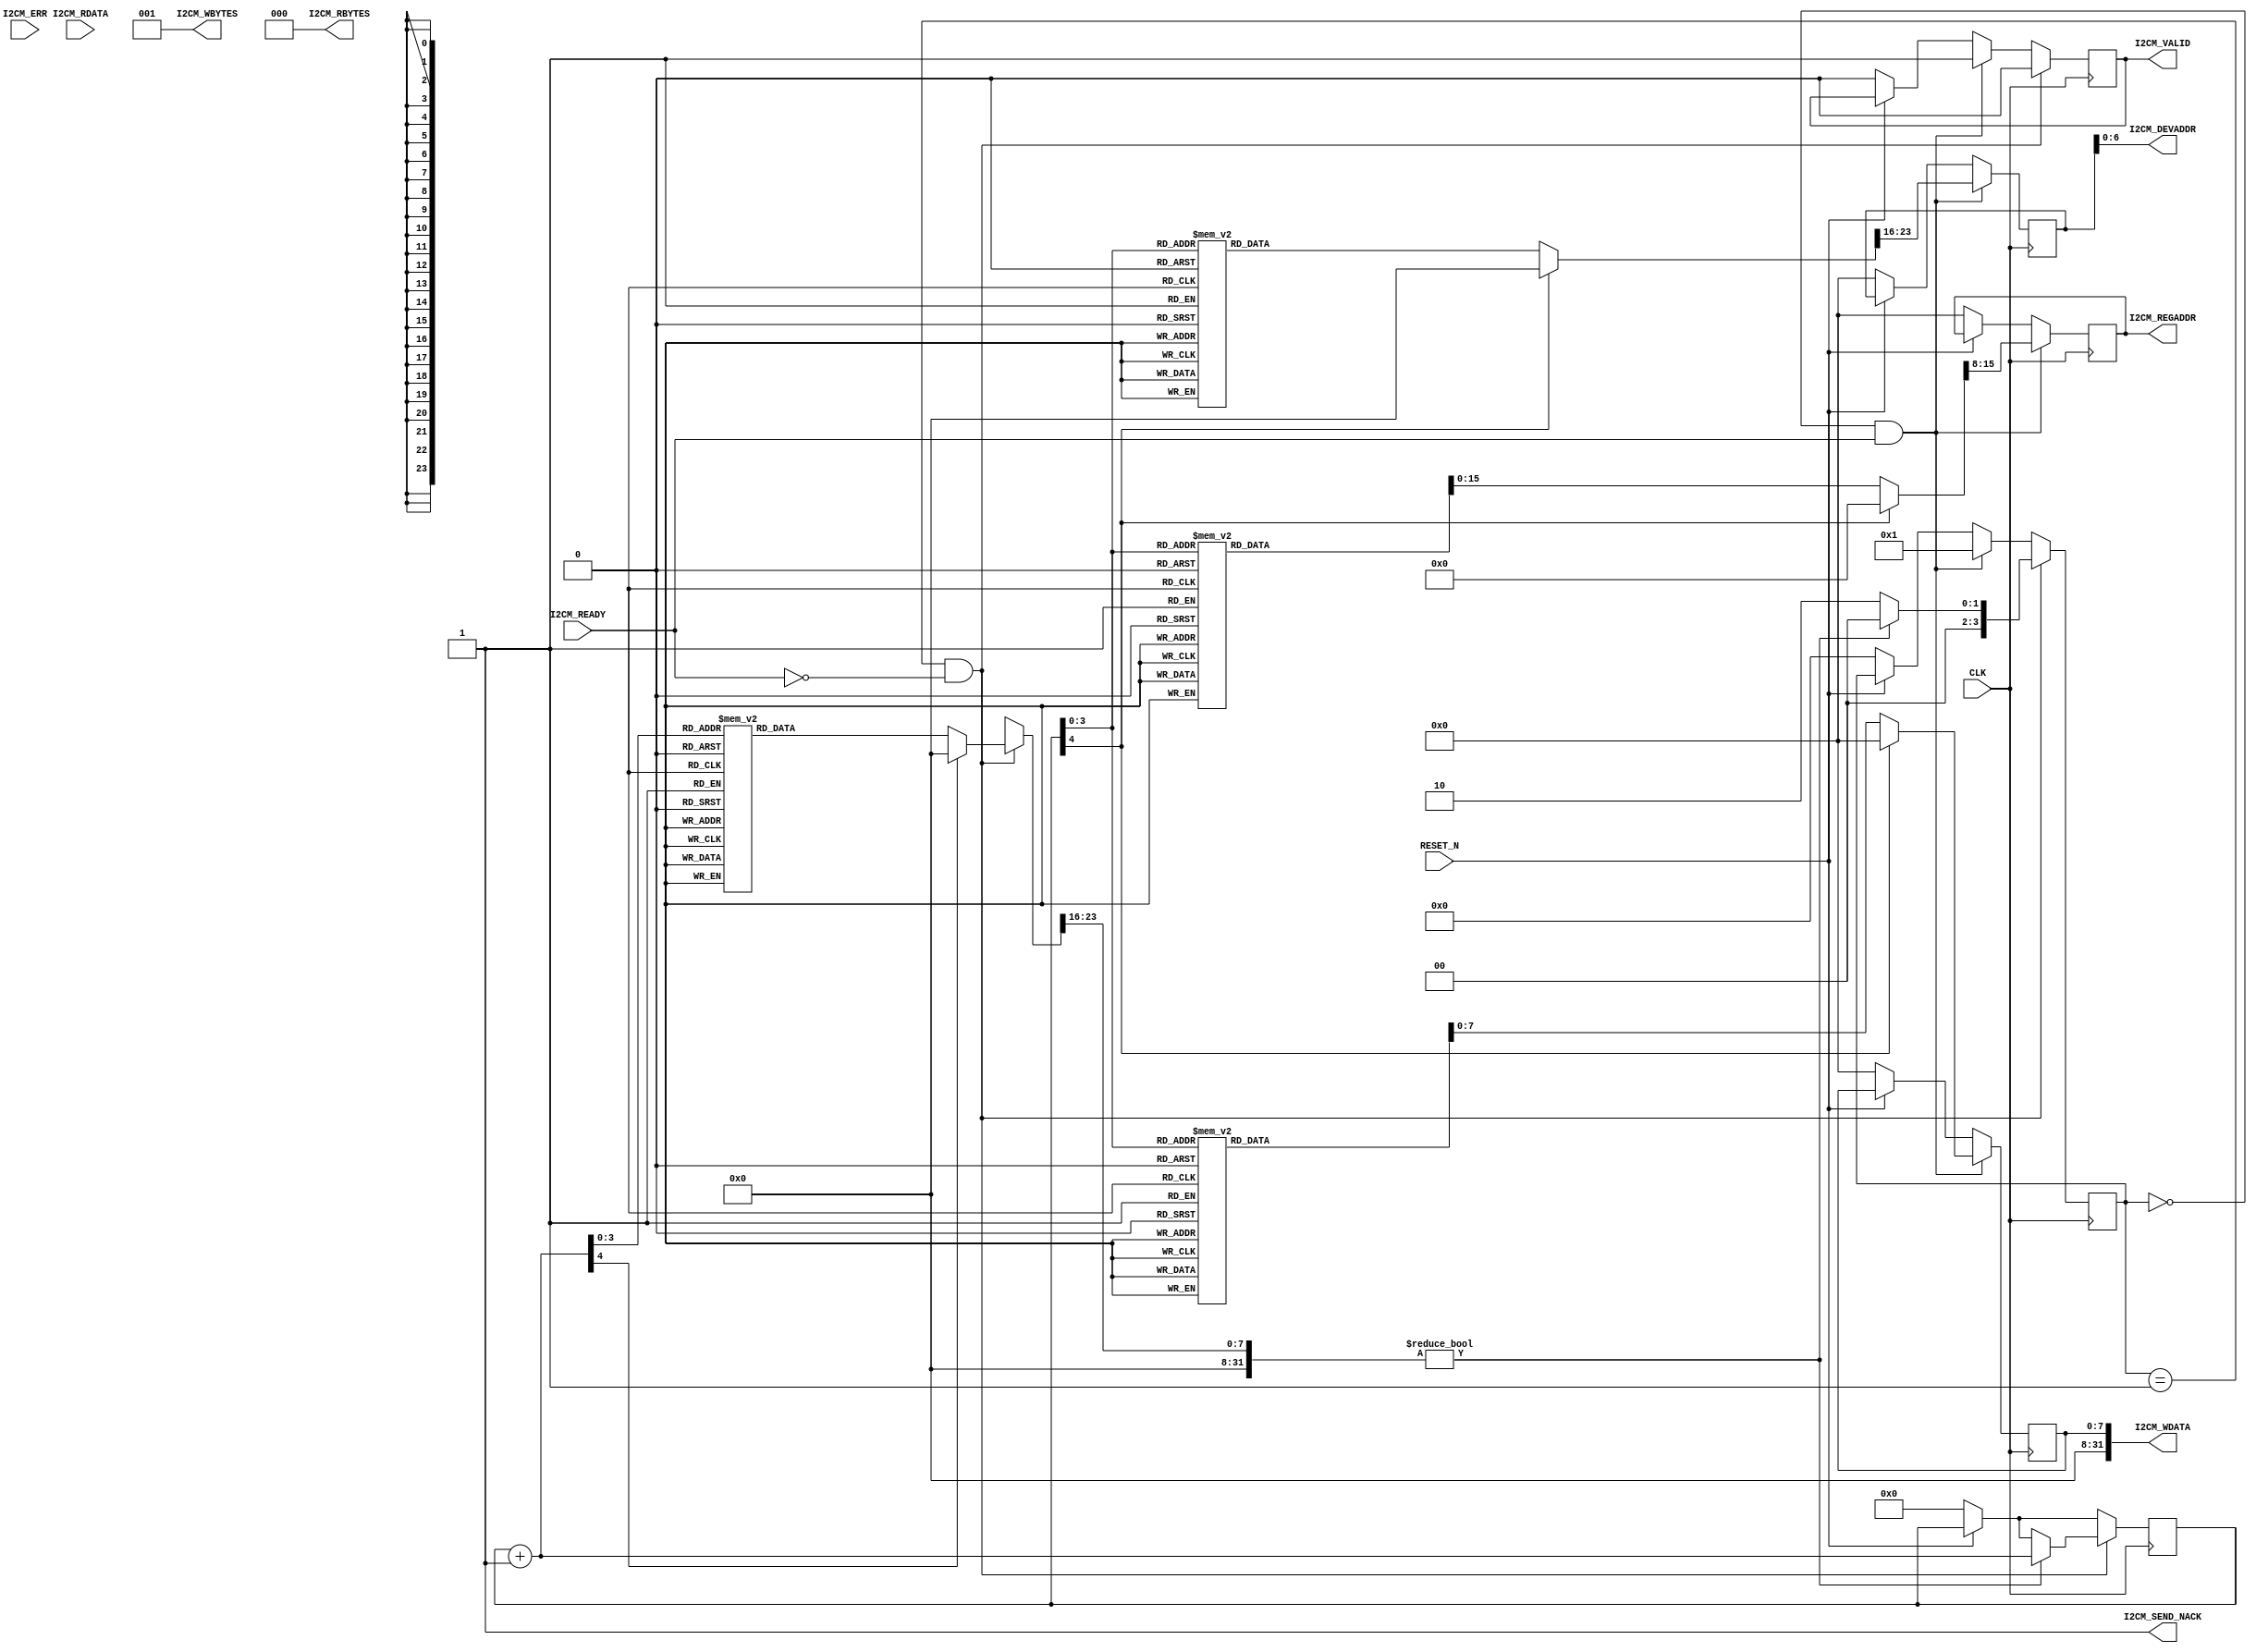

// Copyright (C) Akira Higuchi  ( https://github.com/ahiguti )
// Copyright (C) DeNA Co.,Ltd. ( https://dena.com )
// All rights reserved.
// See COPYRIGHT.txt for details


// Copyright (C) 2017 Akira Higuchi. All rights reserved.
// See COPYRIGHT.txt for details.

module fanctrl_init(
input wire CLK,
input wire RESET_N,
input wire I2CM_READY,
output wire I2CM_VALID,
output wire [6:0] I2CM_DEVADDR,
output wire [7:0] I2CM_REGADDR,
output wire [31:0] I2CM_WDATA,
output wire [2:0] I2CM_WBYTES,
input wire [31:0] I2CM_RDATA,
output wire [2:0] I2CM_RBYTES,
output wire I2CM_SEND_NACK,
input wire [2:0] I2CM_ERR
);

reg [4:0] idx;
reg [3:0] state;
reg i2cm_valid;
reg [7:0] i2cm_devaddr;
reg [7:0] i2cm_regaddr;
reg [7:0] i2cm_wdata;

assign I2CM_VALID = i2cm_valid;
assign I2CM_DEVADDR = i2cm_devaddr;
assign I2CM_REGADDR = i2cm_regaddr;
assign I2CM_WDATA = i2cm_wdata;
assign I2CM_WBYTES = 1;
assign I2CM_RBYTES = 0;
assign I2CM_SEND_NACK = 1;

function [23:0] init_reg(input [4:0] idx);
begin
    init_reg = 0;
    case (idx)
    00: init_reg = 24'h74e808;
    01: init_reg = 24'h4c4a30;
    02: init_reg = 24'h4c4c3f;
    03: init_reg = 24'h4c5000;
    04: init_reg = 24'h4c510e;
    05: init_reg = 24'h4c5232;
    06: init_reg = 24'h4c5317;
    07: init_reg = 24'h4c5446;
    08: init_reg = 24'h4c551e;
    09: init_reg = 24'h4c5650;
    10: init_reg = 24'h4c5750;
    11: init_reg = 24'h4c585a;
    12: init_reg = 24'h4c592e;
    13: init_reg = 24'h4c4a10;
    14: init_reg = 24'h4c0306;
    15: init_reg = 24'h4c1960;
    endcase
end
endfunction

always @(posedge CLK) begin
    if (!RESET_N) begin
        state <= 0;
        idx <= 0;
        i2cm_valid <= 0;
        i2cm_devaddr <= 0;
        i2cm_regaddr <= 0;
        i2cm_wdata <= 0;
    end
    if (state == 0 && I2CM_READY) begin
        state <= 1;
        i2cm_valid <= 1;
        i2cm_devaddr <= init_reg(idx) >> 16;
        i2cm_regaddr <= init_reg(idx) >> 8;
        i2cm_wdata <= init_reg(idx);
    end
    if (state == 1 && !I2CM_READY) begin
        i2cm_valid <= 0;
        if ((init_reg(idx + 1) >> 16) != 0) begin
            state <= 0;
            idx <= idx + 1;
        end else begin
            state <= 2;
        end
    end
end

endmodule